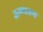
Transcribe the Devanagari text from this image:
ऊष्णतम